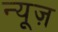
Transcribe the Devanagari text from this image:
न्‍यूज़